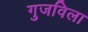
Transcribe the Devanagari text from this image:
गुजविला